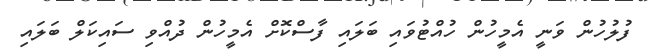
ފުލުހުން ވަނީ އެމީހުން ހުއްޓުވައި ބަލައި ފާސްކޮށް އެމީހުން ދުއްވި ސައިކަލް ބަލައި